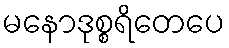
မနောဒုစ္စရိတေပေ